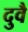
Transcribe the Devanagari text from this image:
दुवै